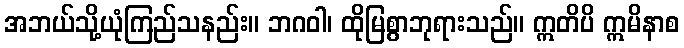
အဘယ်သို့ယုံကြည်သနည်း။ ဘဂဝါ၊ ထိုမြစွာဘုရားသည်။ ဣတိပိ ဣမိနာစ